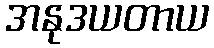
အနုဒယတာယ